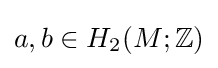
a,b\in H_{2}(M;\mathbb {Z} )